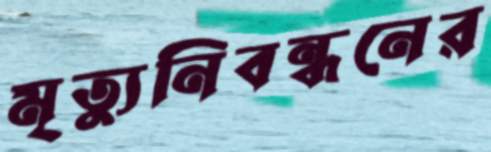
মৃত্যুনিবন্ধনের